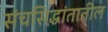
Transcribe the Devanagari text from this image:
संचसिद्धांतातील